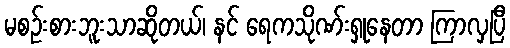
မစဉ်းစားဘူးသာဆိုတယ်၊ နင် ရေကသိုဏ်းရှုနေတာ ကြာလှပြီ